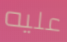
عليه